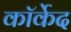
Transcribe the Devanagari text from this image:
कॉर्केद